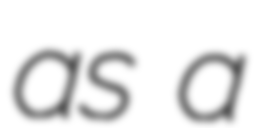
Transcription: as a